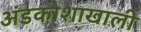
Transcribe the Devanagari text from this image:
अंडकोशाखाली